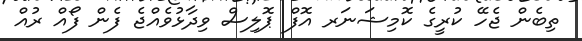
ތިބެން ޖެހޭ ކުރީގެ ކޮމިޝަނަރ އޮފް ޕޮލިސް ވިދާޅުވެއްޖެ ފެން ފޯއް ރުއް